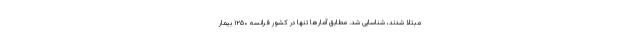
مبتلا شدند، شناسایی شد. مطابق آمارها تنها در کشور فرانسه ۱۲۵۰ بیمار